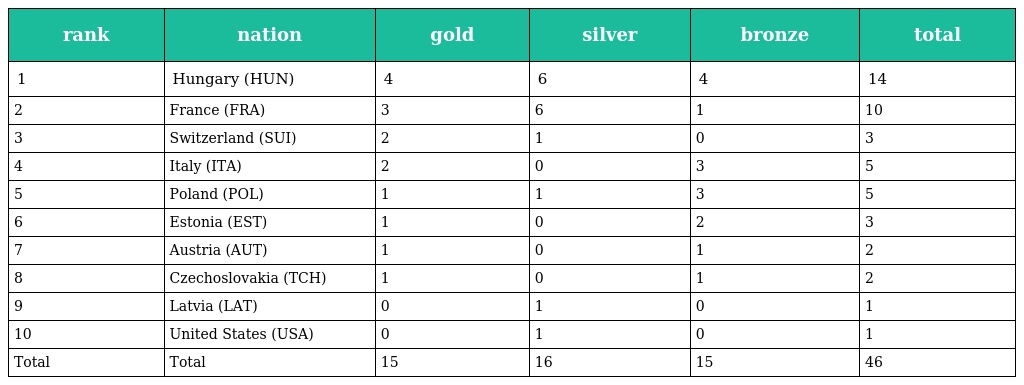
| rank | nation | gold | silver | bronze | total |
 | --- | --- | --- | --- | --- | --- |
 | 1 | Hungary (HUN) | 4 | 6 | 4 | 14 |
 | 2 | France (FRA) | 3 | 6 | 1 | 10 |
 | 3 | Switzerland (SUI) | 2 | 1 | 0 | 3 |
 | 4 | Italy (ITA) | 2 | 0 | 3 | 5 |
 | 5 | Poland (POL) | 1 | 1 | 3 | 5 |
 | 6 | Estonia (EST) | 1 | 0 | 2 | 3 |
 | 7 | Austria (AUT) | 1 | 0 | 1 | 2 |
 | 8 | Czechoslovakia (TCH) | 1 | 0 | 1 | 2 |
 | 9 | Latvia (LAT) | 0 | 1 | 0 | 1 |
 | 10 | United States (USA) | 0 | 1 | 0 | 1 |
 | Total | Total | 15 | 16 | 15 | 46 |